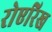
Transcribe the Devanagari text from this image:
रोएरिख